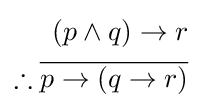
{\begin{aligned}(p\wedge q)\rightarrow r\\\therefore {\overline {p\rightarrow (q\rightarrow r)}}\\\end{aligned}}